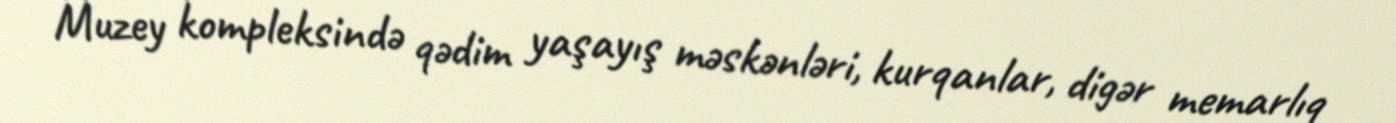
Muzey kompleksində qədim yaşayış məskənləri, kurqanlar, digər memarlıq